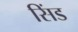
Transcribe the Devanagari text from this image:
सिंड